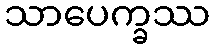
သာပေက္ခဿ